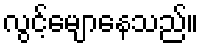
လွင့်မျောနေသည်။